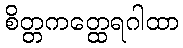
စိတ္တကတ္ထေရဂါထာ